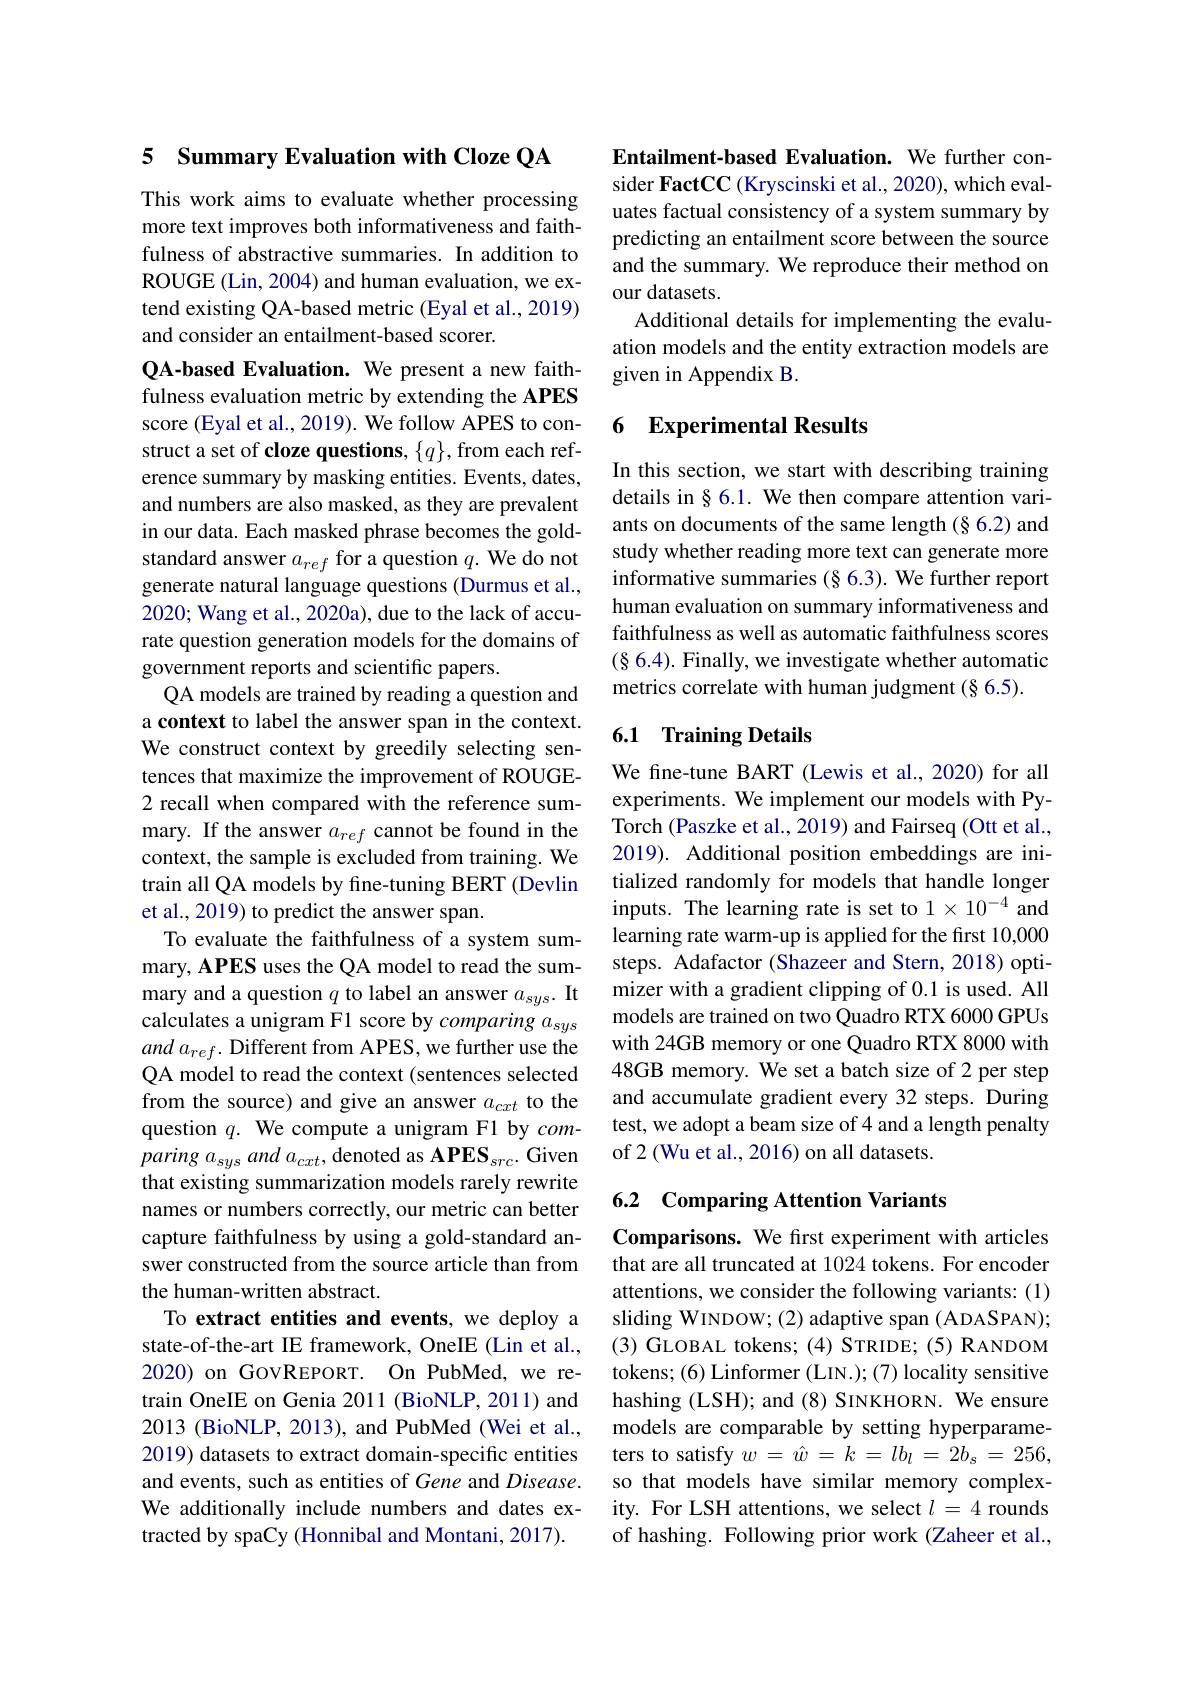
## 5 Summary Evaluation with Cloze QA

This work aims to evaluate whether processing more text improves both informativeness and faithfulness of abstractive summaries. In addition to ROUGE (Lin, 2004) and human evaluation, we extend existing QA-based metric (Eyal et al., 2019) and consider an entailment-based scorer.

QA-based Evaluation. We present a new faithfulness evaluation metric by extending the APES score (Eyal et al., 2019). We follow APES to construct a set of cloze questions, $\{q\}$,from each reference summary by masking entities. Events, dates, and numbers are also masked, as they are prevalent in our data. Each masked phrase becomes the goldstandard answer $a_{ref}$ for a question $q.$ We do not generate natural language questions (Durmus et al., 2020; Wang et al., 2020a), due to the lack of accurate question generation models for the domains of government reports and scientific papers.
QA models are trained by reading a question and a context to label the answer span in the context. We construct context by greedily selecting sentences that maximize the improvement of ROUGE- 2 recall when compared with the reference summary. If the answer $a_{ref}$ cannot be found in the context, the sample is excluded from training. We train all QA models by fine-tuning BERT (Devlin et al., 2019) to predict the answer span.
To evaluate the faithfulness of a system summary, APES uses the QA model to read the summary and a question $q$ to label an answer $a_{sys}.$ It calculates a unigram F1 score by $comparinga_{sys}$ $and~a_{ref}.$ Different from APES, we further use the QA model to read the context (sentences selected from the source) and give an answer $a_cxt$ to the question $q.$ We compute a unigram F1 by comparing $a_{sys}$ and $a_{cxt}$, denoted as APES$_src.$ Given that existing summarization models rarely rewrite names or numbers correctly, our metric can better capture faithfulness by using a gold-standard answer constructed from the source article than from the human-written abstract.
To extract entities and events, we deploy a state-of-the-art IE framework, OneIE (Lin et al., 2020) on GOVREPORT. On PubMed, we retrain OneIE on Genia 2011 (BioNLP, 2011) and 2013 (BioNLP, 2013), and PubMed (Wei et al., 2019) datasets to extract domain-specific entities and events, such as entities of Gene and Disease. We additionally include numbers and dates extracted by spaCy (Honnibal and Montani, 2017).

Entailment-based Evaluation. We further consider FactCC (Kryscinski et al., 2020), which evaluates factual consistency of a system summary by predicting an entailment score between the source and the summary. We reproduce their method on our datasets.
Additional details for implementing the evaluation models and the entity extraction models are given in Appendix B.

## 6 Experimental Results

In this section, we start with describing training details in § 6.1. We then compare attention variants on documents of the same length (§6.2) and study whether reading more text can generate more informative summaries (§ 6.3). We further report human evaluation on summary informativeness and faithfulness as well as automatic faithfulness scores $(\S6.4).$ Finally, we investigate whether automatic metrics correlate with human judgment $(\S6.5).$

## 6.1 Training Details

We fine-tune BART (Lewis et al., 2020) for all experiments. We implement our models with PyTorch (Paszke et al., 2019) and Fairseq (Ott et al., 2019). Additional position embeddings are initialized randomly for models that handle longer inputs. The learning rate is set to 1 $\times10^{-4}$ and learning rate warm-up is applied for the first 10,000 steps. Adafactor (Shazeer and Stern, 2018) optimizer with a gradient clipping of 0.1 is used. All models are trained on two Quadro RTX 6000 GPUs with 24GB memory or one Quadro RTX 8000 with 48GB memory. We set a batch size of 2 per step and accumulate gradient every 32 steps. During test, we adopt a beam size of 4 and a length penalty of 2 (Wu et al., 2016) on all datasets.

## 6.2 Comparing Attention Variants

Comparisons. We first experiment with articles that are all truncated at 1024 tokens. For encoder attentions, we consider the following variants: (1) sliding WINDOW; (2) adaptive span (ADASPAN); (3) GLOBAL tokens; (4) STRIDE; (5) RANDOM tokens; (6) Linformer (LIN.); (7) locality sensitive hashing (LSH); and (8) SINKHORN. We ensure models are comparable by setting hyperparameters to satisfy $w=\hat{w}=k=lb_l=2b_s=256$, so that models have similar memory complexity. For LSH attentions, we select $l=4$ rounds of hashing. Following prior work (Zaheer et al.,